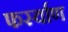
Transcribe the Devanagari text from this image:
फर्स्वाण